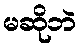
မဆိုဘဲ